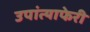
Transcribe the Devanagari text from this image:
उपांत्याफेरी